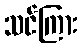
သင်ကြား